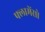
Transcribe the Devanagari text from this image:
फ्लामेंसो